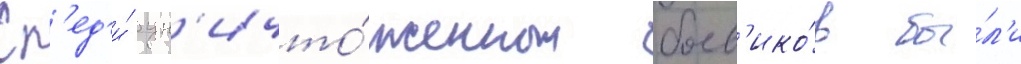
Ср'ед'и́ ун'ичто́женных боев'ико́в бы́л'и